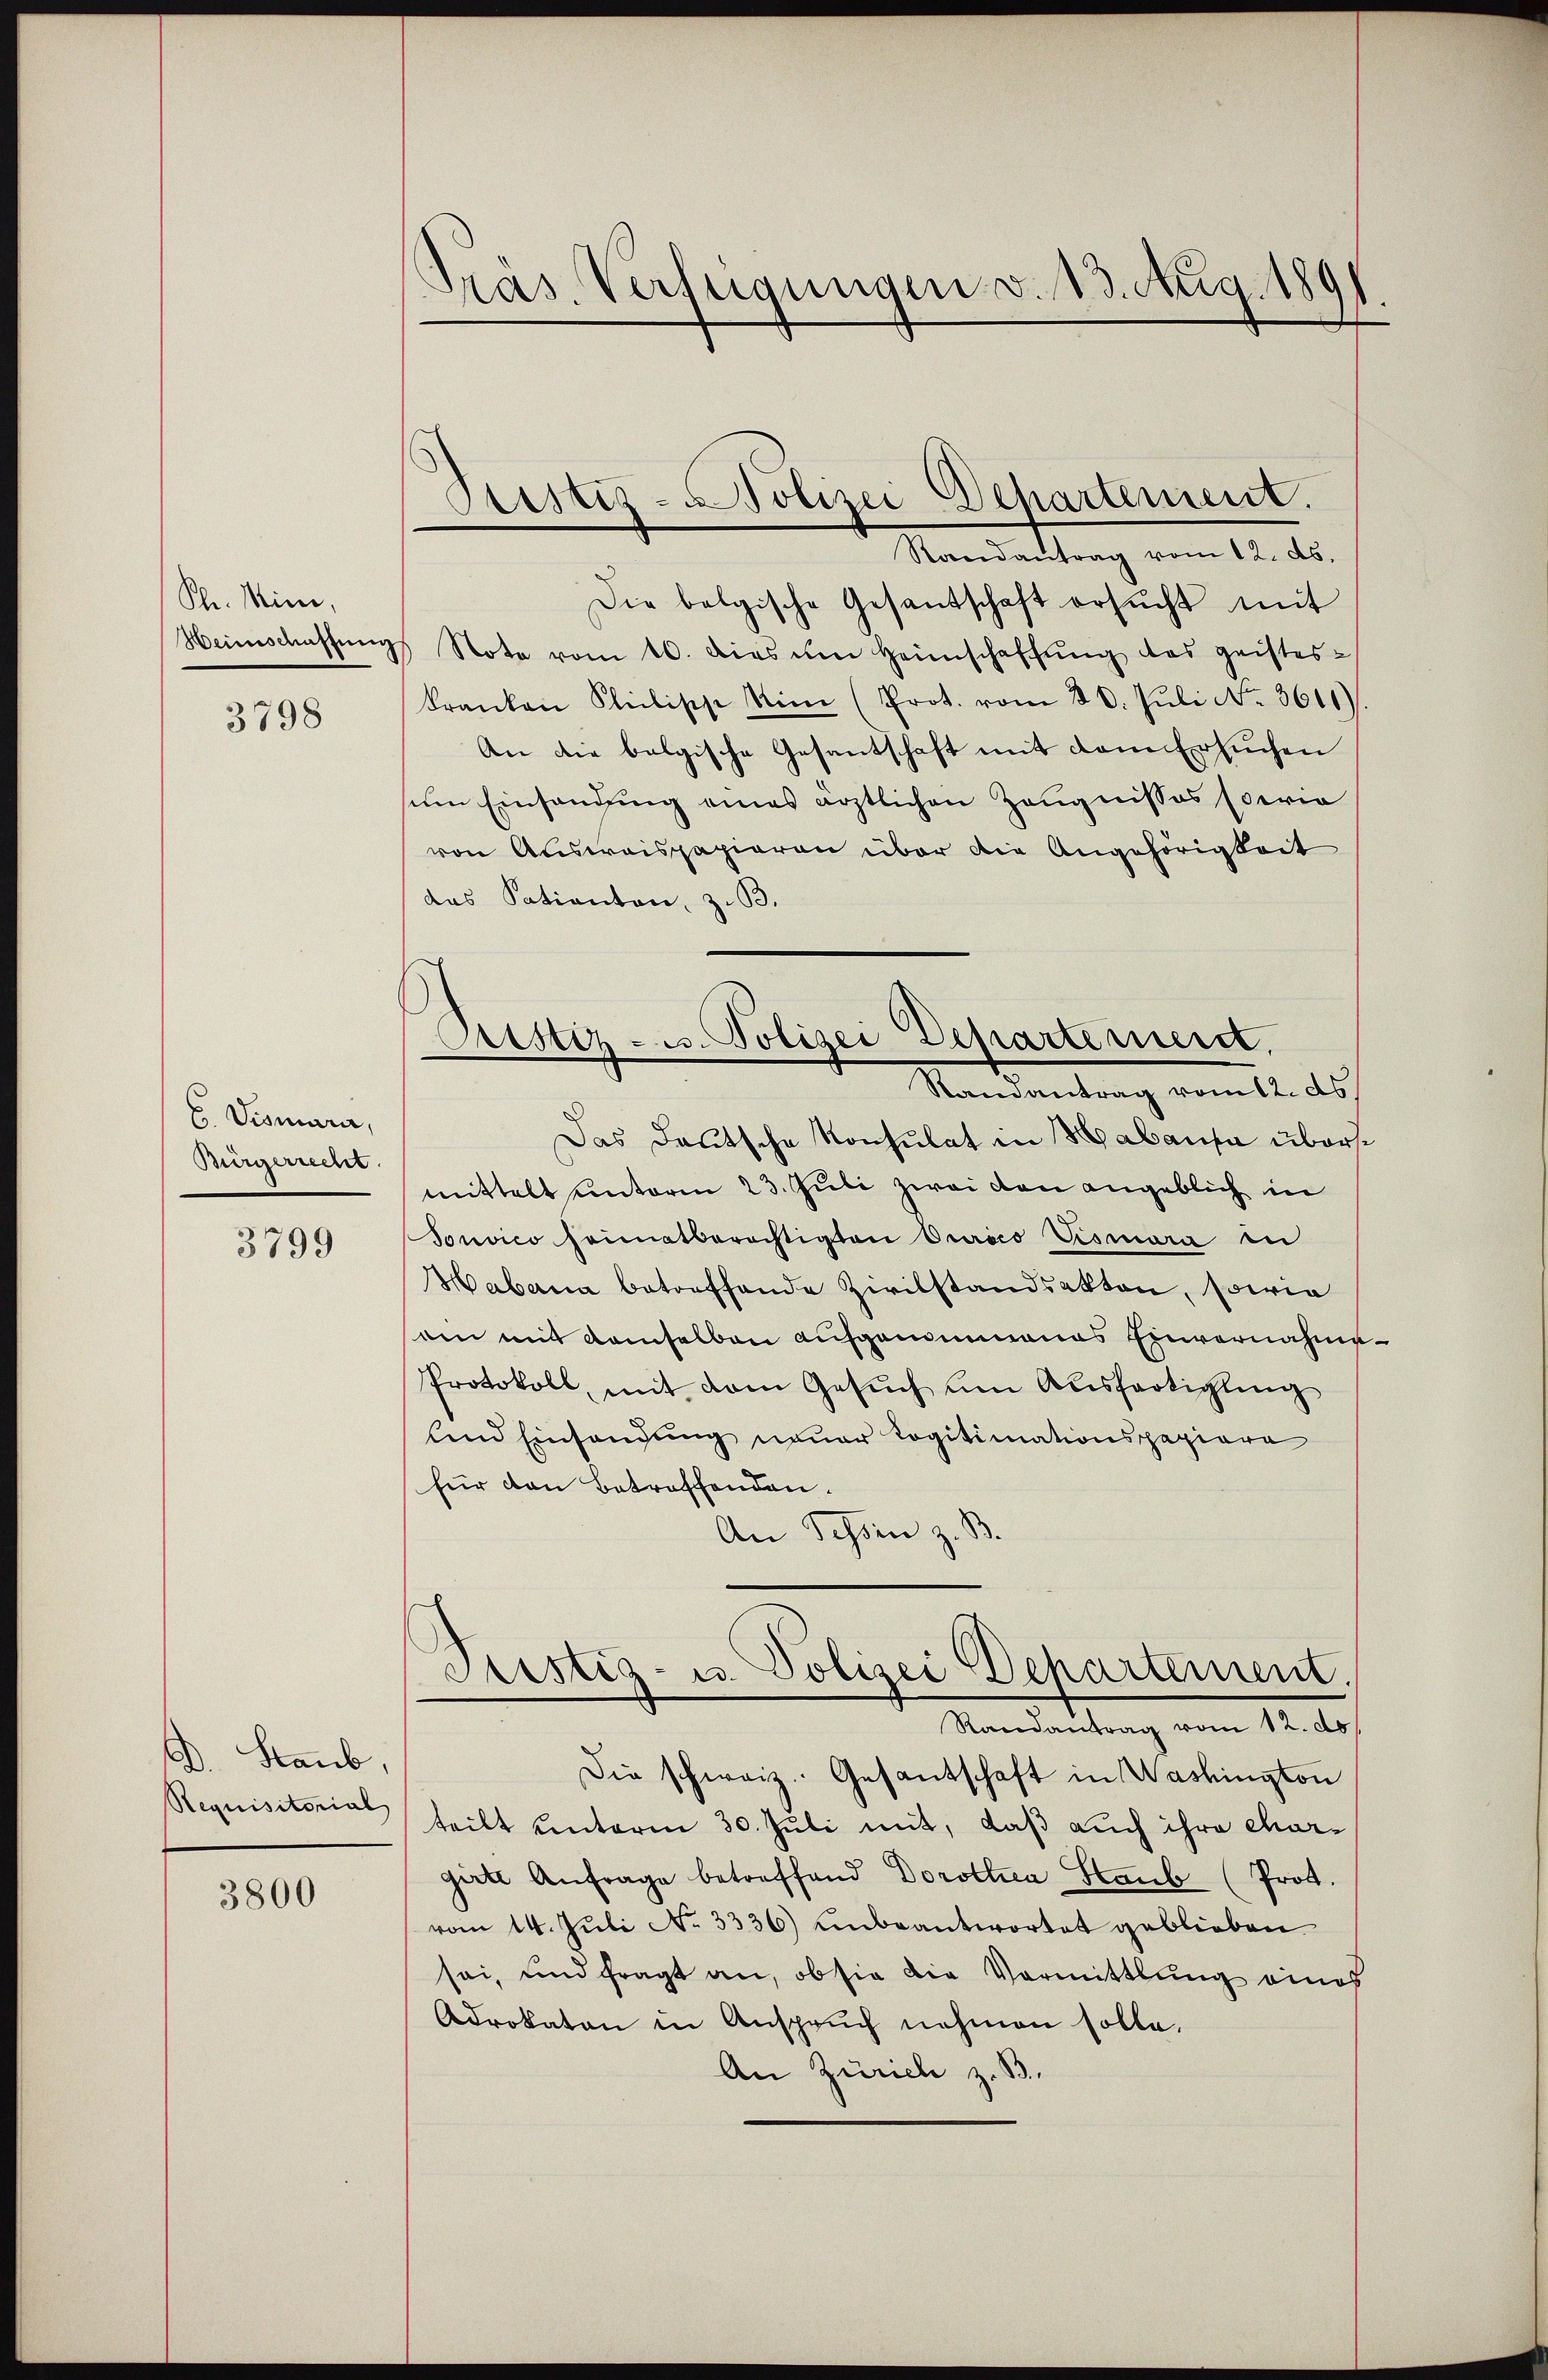
Ph. Mini,
Heimschaffun
3798

C. Vismara,
Bürgerrecht.

3799

D. Staub,
Requisitorial

3800

Präs. Verfügungen v. 13. Aug. 191
¬

Randantrag vom 12. ds.
Die belgische Gesantschaft ersŭcht mit
Note vom 10. dies um Heimschaffung das geistes¬
Franken Seelisch Nin (Prot. vom 20. Jŭli No. 3611)
An die belgische Gesantschaft mit dem Ersuchen
um Einsendung eines ärztlichen Zeugnisses (oeria
von Ausweispapieren über die Angehörigkeit
das Satianten, z. B.
Das Deutsche Konsulat in Habausa übersmittelt unterm 23. Juli zwei von angeblich in
Sonvico seimatberechtigten Orico Tismara in
Habana betreffende Zivilstandsakten, sowie
am mit demselben aufgenommenes Einvernahme
Protokoll, mit dem Gesŭch um Ausfertigling
und Einsendung neuer Logitimationspapiere
für den Betroffenden.
An Schön z. B.
Gustiz- u. Polizei Departement.
Randantrag vom 12. d
Die schweiz. Gesantschaft in Washington
teilt unterm 30. Juli mit, daß auch ihre chargirte Anfrage betreffend Dorothea Staub (Prot.
vom 14. Jŭli No 3336) unbeantwortet geblieben
sei, und fragt an, ob sie die Vormittlung eines
Advokaten in Ansprŭch nehmen solle.
An Zürich z. B.

Pristiz- u Polizei Departement.

Austiz- u. Polizei Departerieret.
Randantrag vom 12. ds.